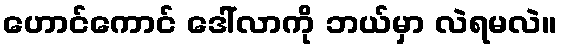
ဟောင်ကောင် ဒေါ်လာကို ဘယ်မှာ လဲရမလဲ။